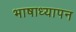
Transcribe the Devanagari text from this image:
भाषाध्यापन